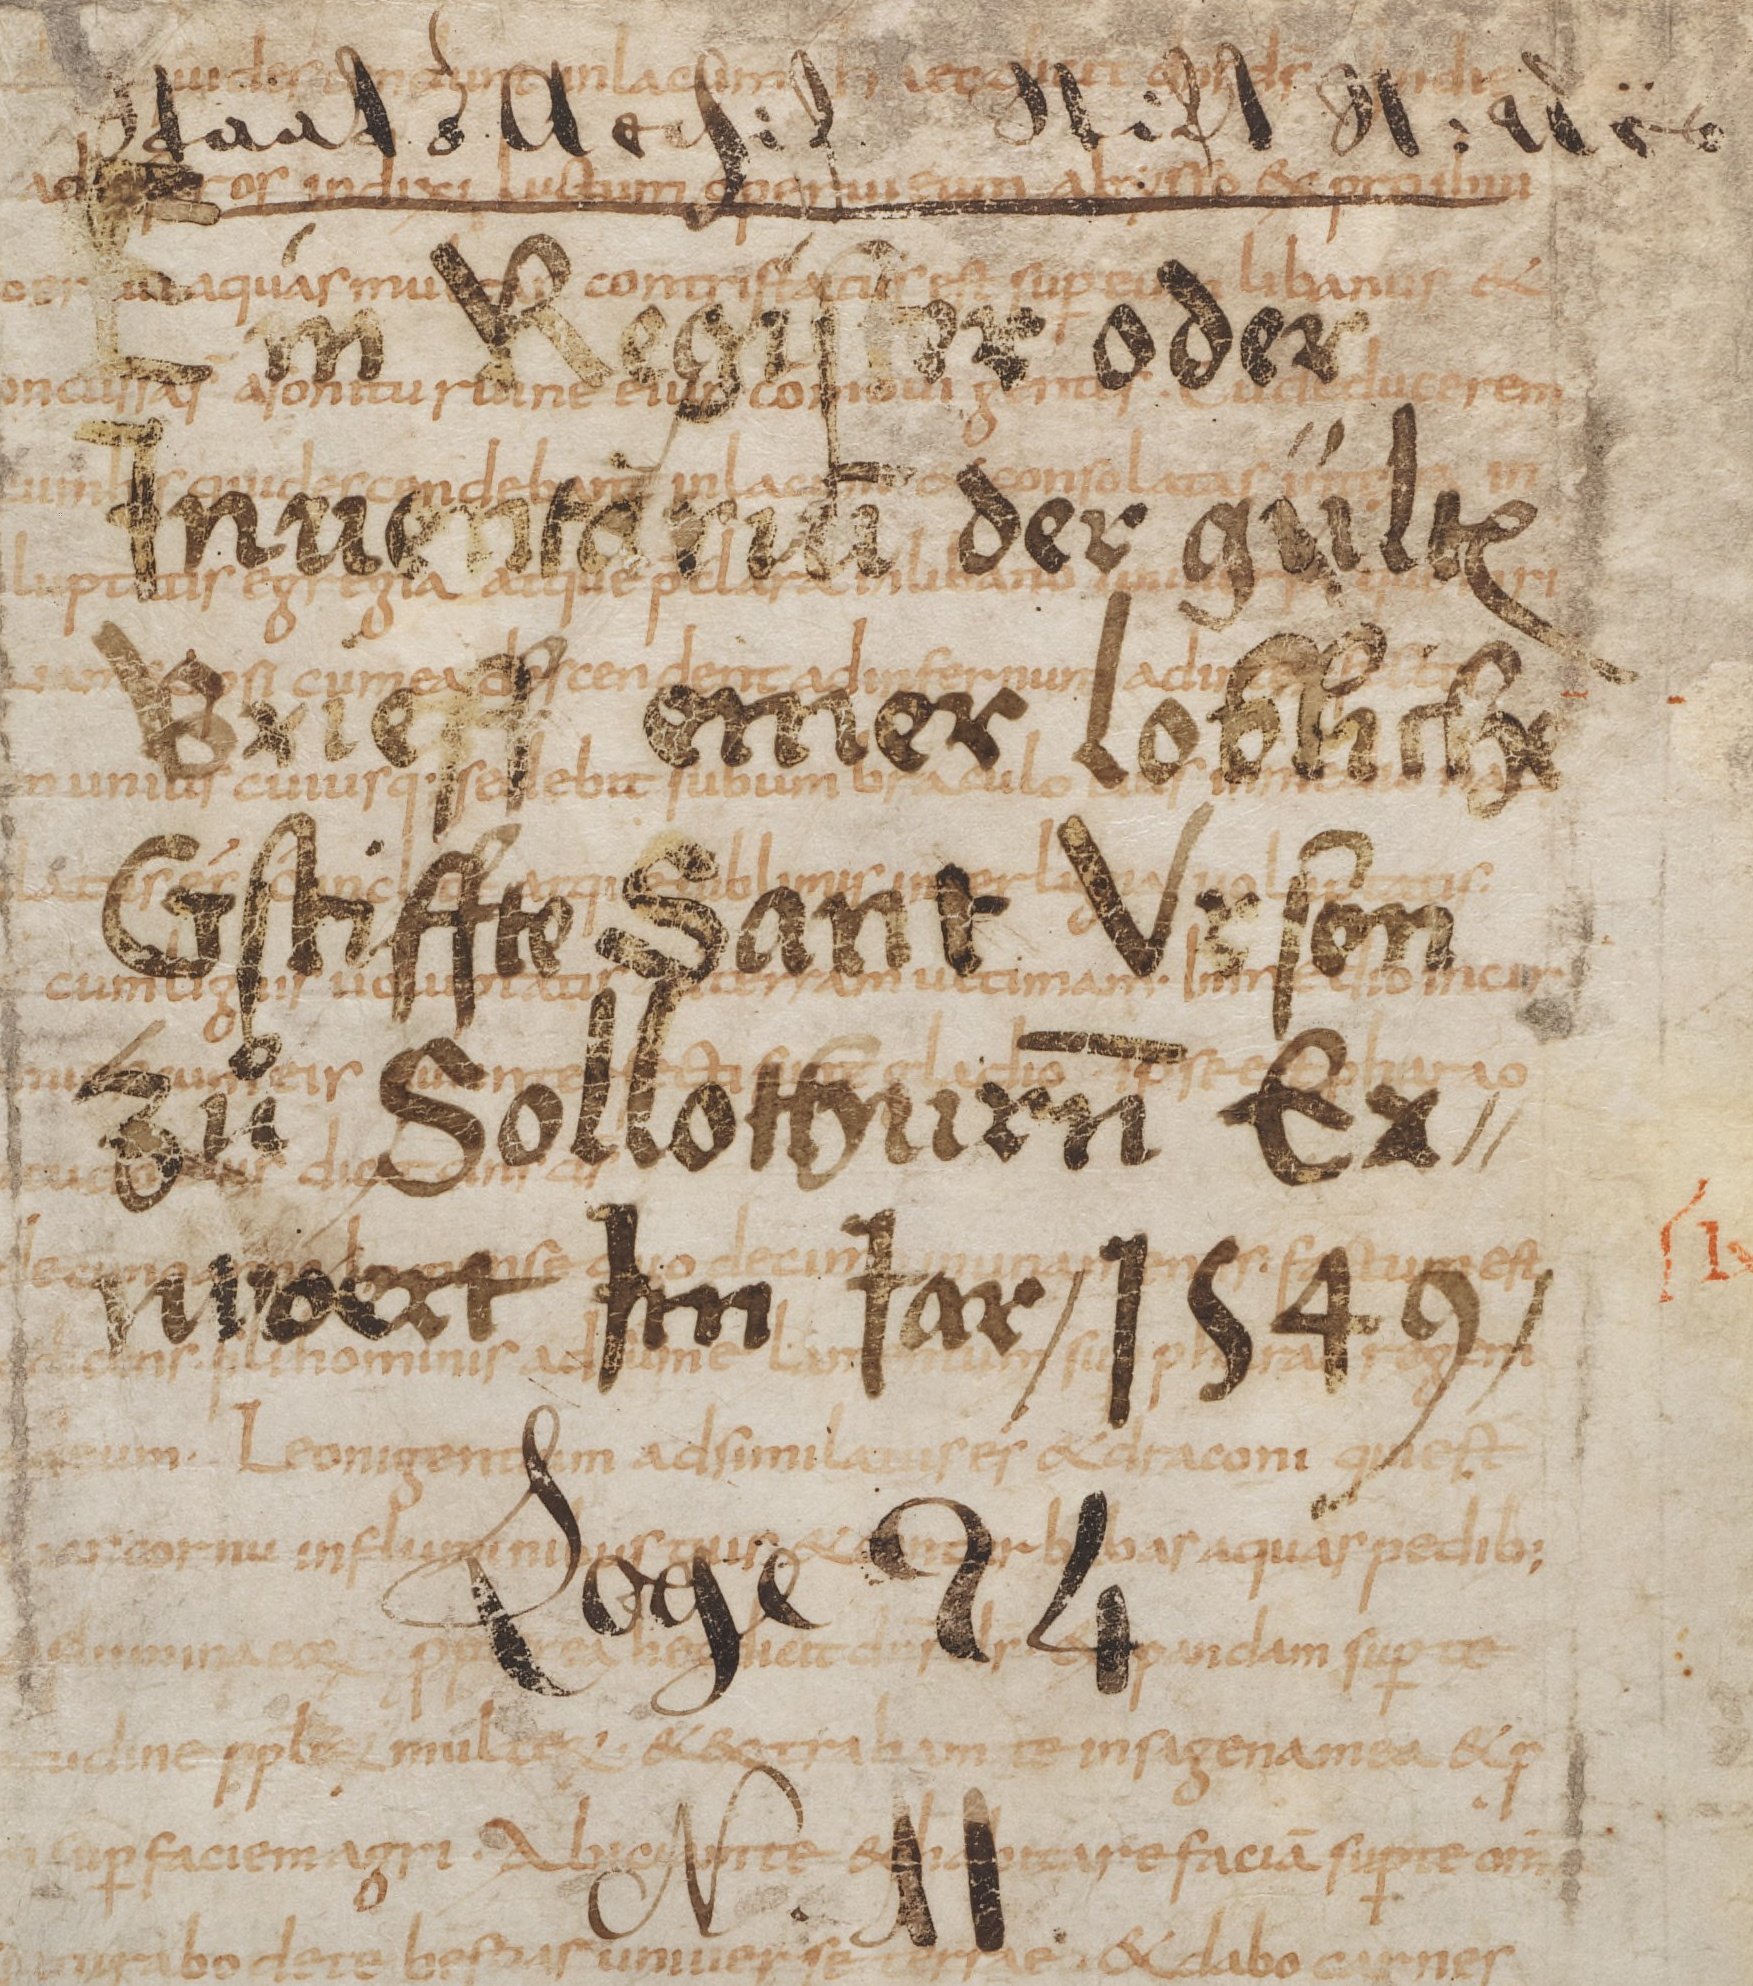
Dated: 835–865